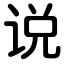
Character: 说